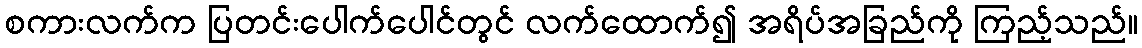
စကားလက်က ပြတင်းပေါက်ပေါင်တွင် လက်ထောက်၍ အရိပ်အခြည်ကို ကြည့်သည်။